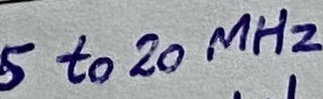
Text: 5 to 20 MHz